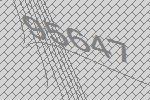
95647